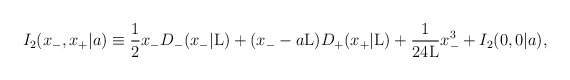
\begin{align*}I_2(x_{-},x_{+}|a) \equiv \frac{1}{2} x_{-}D_{-}(x_{-}|{\rm L})+ (x_{-} - a{\rm L}) D_{+}(x_{+}|{\rm L}) + \frac{1}{24{\rm L}}x_{-}^3 + I_2(0,0|a),\end{align*}